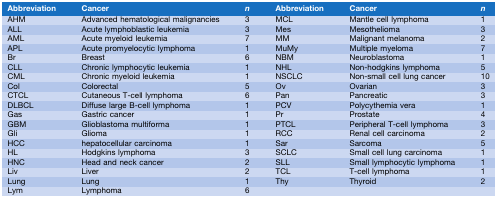
<table><thead><tr><td><b>Abbreviation</b></td><td><b>Cancer</b></td><td><b><i>n</i></b></td><td><b>Abbreviation</b></td><td><b>Cancer</b></td><td><b><i>n</i></b></td></tr></thead><tbody><tr><td>AHM</td><td>Advanced hematological malignancies</td><td>3</td><td>MCL</td><td>Mantle cell lymphoma</td><td>1</td></tr><tr><td>ALL</td><td>Acute lymphoblastic leukemia</td><td>3</td><td>Mes</td><td>Mesothelioma</td><td>3</td></tr><tr><td>AML</td><td>Acute myeloid leukemia</td><td>7</td><td>MM</td><td>Malignant melanoma</td><td>2</td></tr><tr><td>APL</td><td>Acute promyelocytic lymphoma</td><td>1</td><td>MuMy</td><td>Multiple myeloma</td><td>7</td></tr><tr><td>Br</td><td>Breast</td><td>6</td><td>NBM</td><td>Neuroblastoma</td><td>1</td></tr><tr><td>CLL</td><td>Chronic lymphocytic leukemia</td><td>1</td><td>NHL</td><td>Non‐hodgkins lymphoma</td><td>5</td></tr><tr><td>CML</td><td>Chronic myeloid leukemia</td><td>1</td><td>NSCLC</td><td>Non‐small cell lung cancer</td><td>10</td></tr><tr><td>Col</td><td>Colorectal</td><td>5</td><td>Ov</td><td>Ovarian</td><td>3</td></tr><tr><td>CTCL</td><td>Cutaneous T‐cell lymphoma</td><td>6</td><td>Pan</td><td>Pancreatic</td><td>3</td></tr><tr><td>DLBCL</td><td>Diffuse large B‐cell lymphoma</td><td>1</td><td>PCV</td><td>Polycythemia vera</td><td>1</td></tr><tr><td>Gas</td><td>Gastric cancer</td><td>1</td><td>Pr</td><td>Prostate</td><td>4</td></tr><tr><td>GBM</td><td>Glioblastoma multiforma</td><td>1</td><td>PTCL</td><td>Peripheral T‐cell lymphoma</td><td>3</td></tr><tr><td>Gli</td><td>Glioma</td><td>1</td><td>RCC</td><td>Renal cell carcinoma</td><td>2</td></tr><tr><td>HCC</td><td>hepatocellular carcinoma</td><td>1</td><td>Sar</td><td>Sarcoma</td><td>5</td></tr><tr><td>HL</td><td>Hodgkins lymphoma</td><td>3</td><td>SCLC</td><td>Small cell lung carcinoma</td><td>1</td></tr><tr><td>HNC</td><td>Head and neck cancer</td><td>2</td><td>SLL</td><td>Small lymphocytic lymphoma</td><td>1</td></tr><tr><td>Liv</td><td>Liver</td><td>2</td><td>TCL</td><td>T‐cell lymphoma</td><td>1</td></tr><tr><td>Lung</td><td>Lung</td><td>1</td><td>Thy</td><td>Thyroid</td><td>2</td></tr><tr><td>Lym</td><td>Lymphoma</td><td>6</td><td></td><td></td><td></td></tr></tbody></table>